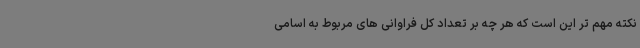
نکته مهم تر این است که هر چه بر تعداد کل فراوانی های مربوط به اسامی